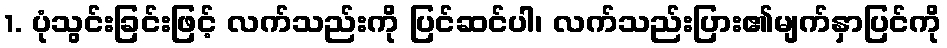
1. ပုံသွင်းခြင်းဖြင့် လက်သည်းကို ပြင်ဆင်ပါ၊ လက်သည်းပြား၏မျက်နှာပြင်ကို